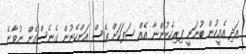
އަދި އެމީހުން ބުނަނީ ފިރިހެނުންނާ އެއް ސަފަކަށް ވެސް އަންހެނުން ގެނެސްގެން ނުވާނެ